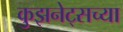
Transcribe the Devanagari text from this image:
कुझनेट्सच्या